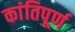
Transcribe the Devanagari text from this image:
कांतिपूर्ण